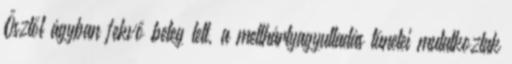
Ősztől ágyban fekvő beteg lett, a mellhártyagyulladás tünetei mutatkoztak